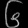
Digit: ၆